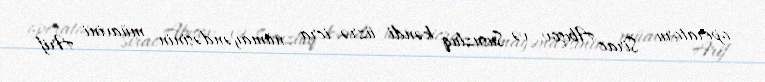
operatoru Sirac Abışov və Susuzluq kəndi üzrə icra nümayəndəsinin müavini Arif